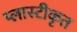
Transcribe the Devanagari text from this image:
प्लास्टीकृत